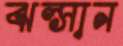
ঝল্‌সান